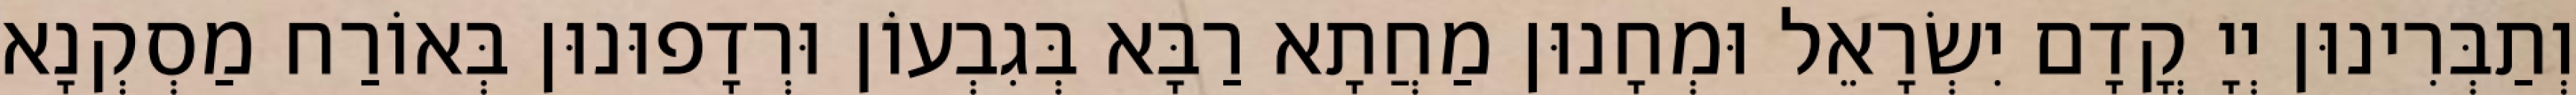
וְתַבְּרִינוּן יְיָ קֳדָם יִשְׂרָאֵל וּמְחָנוּן מַחֲתָא רַבָּא בְּגִבְעוֹן וּרְדָפוּנוּן בְּאוֹרַח מַסְקְנָא